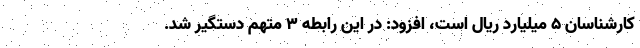
کارشناسان ۵ میلیارد ریال است، افزود: در این رابطه ۳ متهم دستگیر شد.